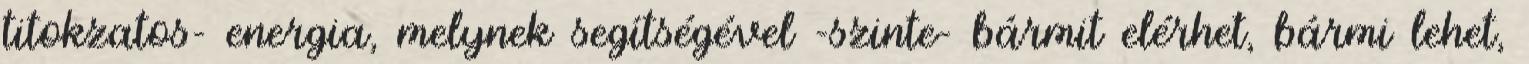
titokzatos- energia, melynek segítségével -szinte- bármit elérhet, bármi lehet,